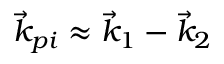
\vec { k } _ { p i } \approx \vec { k } _ { 1 } - \vec { k } _ { 2 }